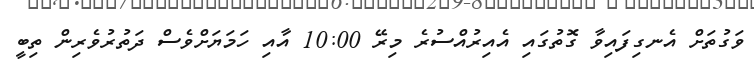
ވަގުތަށް އެނގިފައިވާ ގޮތުގައި އެއިރުއްސުރެ މިރޭ 10:00 އާއި ހަމަޔަށްވެސް ދަތުރުވެރިން ތިބީ